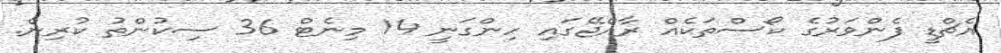
އެޗްޑީ ފެންވަރުގެ ކޯސްތަކެއް ރާއްޖޭގައި ހިންގަނީ 14 މިނެޓް 36 ސިކުންތު ކުރިން.